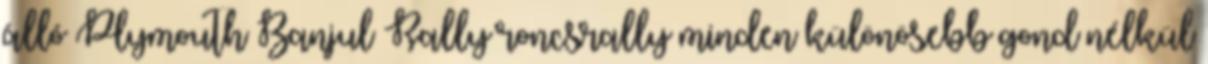
álló Plymouth Banjul Rally roncsrally minden különösebb gond nélkül